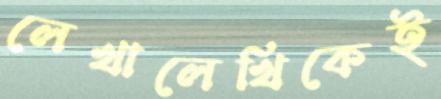
লেখালেখিকেই